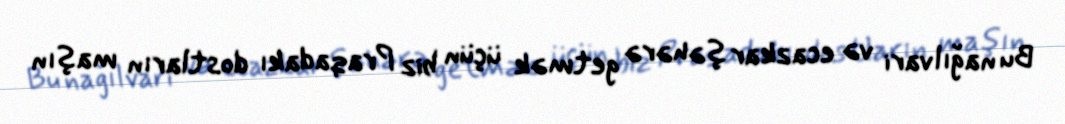
Bu nağılvari və ecazkar şəhərə getmək üçün biz Praqadakı dostların maşın